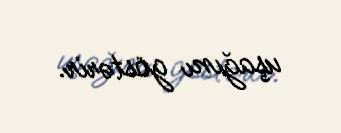
uşağını göstərir.